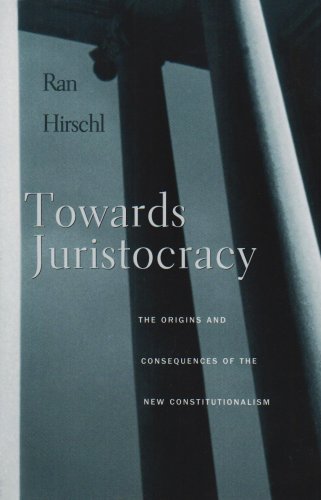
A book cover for Towards Juristocracy: The Origins and Consequences of the New Constitutionalism; Ran Hirschl; Law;